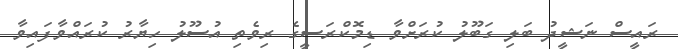
ރައީސް ނަޝީދު ބަލި ގަބޫލު ކުރަށްވާ ޑިމޮކްރަސީގެ ރިވެތި އުސޫލު ހިޔާރު ކުރައްވާފައިވާ